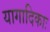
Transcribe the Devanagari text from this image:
यागादिकाः